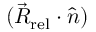
( { \vec { R } _ { \mathrm { r e l } } } \cdot { \hat { n } } )